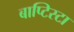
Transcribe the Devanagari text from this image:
बाप्टिस्टा